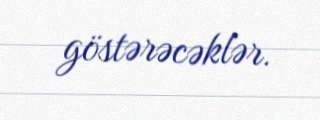
göstərəcəklər.